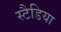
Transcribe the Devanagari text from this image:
स्टैडिया